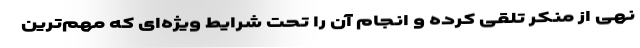
نهی از منکر تلقی کرده و انجام آن را تحت شرایط ویژه‌ای که مهم‌ترین